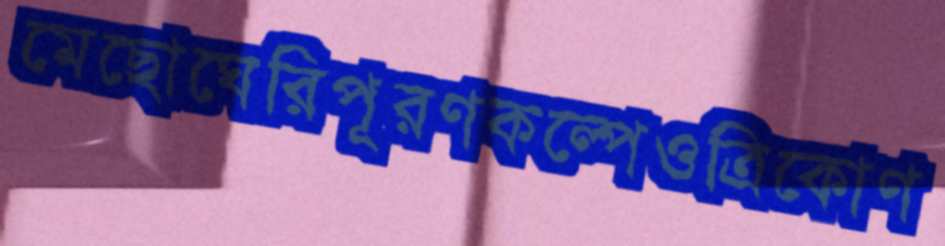
মেছোঘেরিপূরণকল্পেওত্রিকোণ